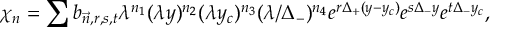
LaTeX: ~ \chi _ { n } = \sum b _ { \vec { n } , r , s , t } \lambda ^ { n _ { 1 } } ( \lambda y ) ^ { n _ { 2 } } ( \lambda y _ { c } ) ^ { n _ { 3 } } ( \lambda / \Delta _ { - } ) ^ { n _ { 4 } } e ^ { r \Delta _ { + } ( y - y _ { c } ) } e ^ { s \Delta _ { - } y } e ^ { t \Delta _ { - } y _ { c } } ,